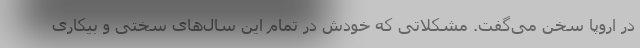
در اروپا سخن می‌گفت. مشکلاتی که خودش در تمام این سال‌های سختی و بیکاری